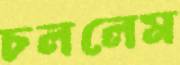
চললেম